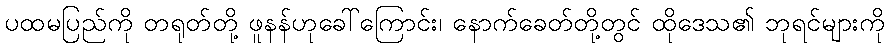
ပထမပြည်ကို တရုတ်တို့ ဖူနန်ဟုခေါ်ကြောင်း၊ နောက်ခေတ်တို့တွင် ထိုဒေသ၏ ဘုရင်များကို